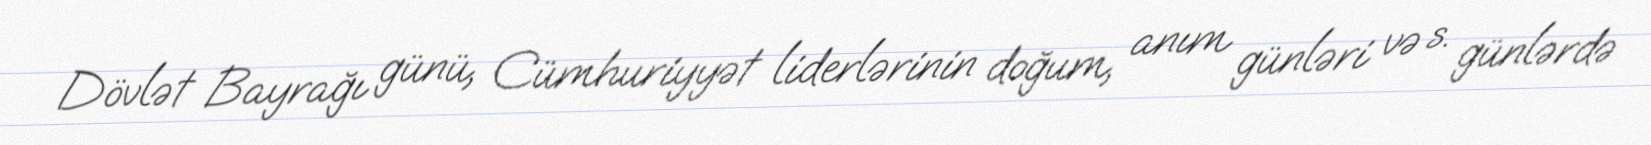
Dövlət Bayrağı günü, Cümhuriyyət liderlərinin doğum, anım günləri və s. günlərdə